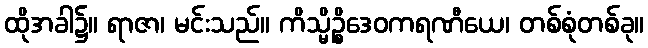
ထိုအခါ၌။ ရာဇာ၊ မင်းသည်။ ကိသ္မိဉ္စိဒေဝကရဏီယေ၊ တစ်စုံတစ်ခု။